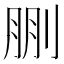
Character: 𠜳